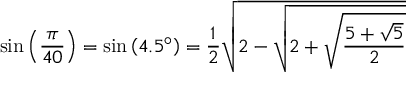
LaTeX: \sin \left( { \frac { \pi } { 4 0 } } \right) = \sin \left( 4 . 5 ^ { \circ } \right) = { \frac { 1 } { 2 } } { \sqrt { 2 - { \sqrt { 2 + { \sqrt { \frac { 5 + { \sqrt { 5 } } } { 2 } } } } } } }